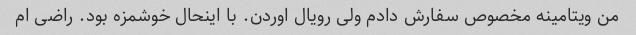
من ویتامینه مخصوص سفارش دادم ولی رویال اوردن. با اینحال خوشمزه بود. راضی ام